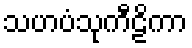
သဟပံသုကီဠိကာ